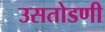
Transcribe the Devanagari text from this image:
उसतोडणी